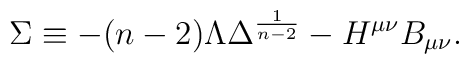
\Sigma \equiv -(n-2) \Lambda \Delta ^{\frac{1}{n-2}} -H^{\mu \nu} B_{\mu \nu} .